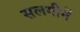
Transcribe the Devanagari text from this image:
सलगीनें